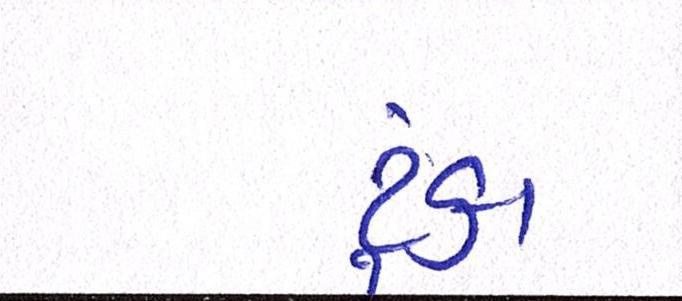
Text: ટૂંકા